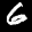
Label: 6